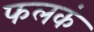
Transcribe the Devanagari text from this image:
फलकं